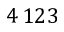
4 \, 1 2 3